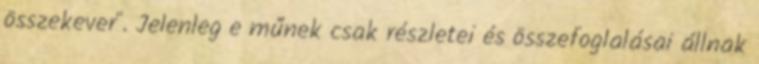
összekever". Jelenleg e műnek csak részletei és összefoglalásai állnak